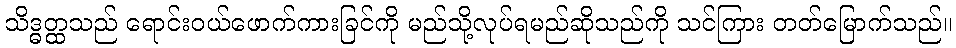
သိဒ္ဓတ္ထသည် ရောင်းဝယ်ဖောက်ကားခြင်ကို မည်သို့လုပ်ရမည်ဆိုသည်ကို သင်ကြား တတ်မြောက်သည်။